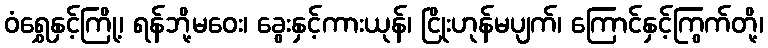
ဝံရွှေနှင့်ကြို့၊ ရန်ဘို့မဝေး၊ ခွေးနှင့်ကားယုန်၊ ငြိုးဟုန်မပျက်၊ ကြောင်နှင့်ကြွက်တို့၊